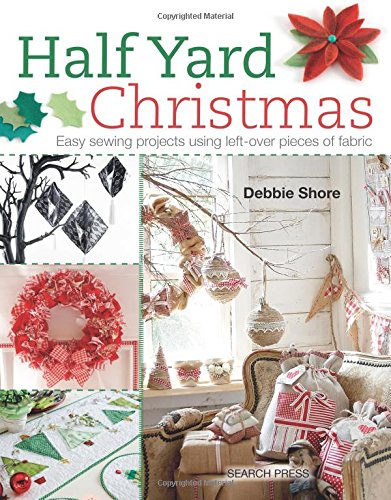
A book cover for Half Yard Christmas: Easy sewing projects using left-over pieces of fabric; Debbie Shore; Crafts, Hobbies & Home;